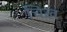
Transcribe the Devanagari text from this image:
चिख़